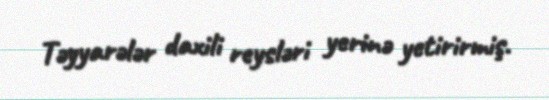
Təyyarələr daxili reysləri yerinə yetirirmiş.